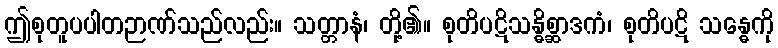
ဤစုတူပပါတဉာဏ်သည်လည်း။ သတ္တာနံ၊ တို့၏။ စုတိပဋိသန္ဓိစ္ဆာဒကံ၊ စုတိပဋိ သန္ဓေကို